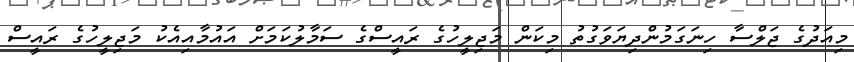
މިއަދުގެ ޖަލްސާ ހިނަގަމުންދިޔަވަގުތު މިކަން މަޖިލީހުގެ ރައީސްގެ ސަމާލުކަމަށް އައުމާއިއެކު މަޖިލީހުގެ ރައީސް